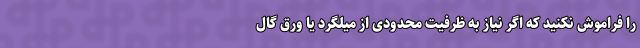
را فراموش نکنید که اگر نیاز به ظرفیّت محدودی از میلگرد یا ورق گال